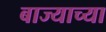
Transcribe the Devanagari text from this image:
बाज्याच्या